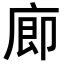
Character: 𪪗